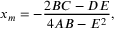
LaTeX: x _ { m } = - { \frac { 2 B C - D E } { 4 A B - E ^ { 2 } } } ,